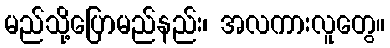
မည်သို့ပြောမည်နည်း၊ အလကားလူတွေ။